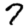
Digit: 7